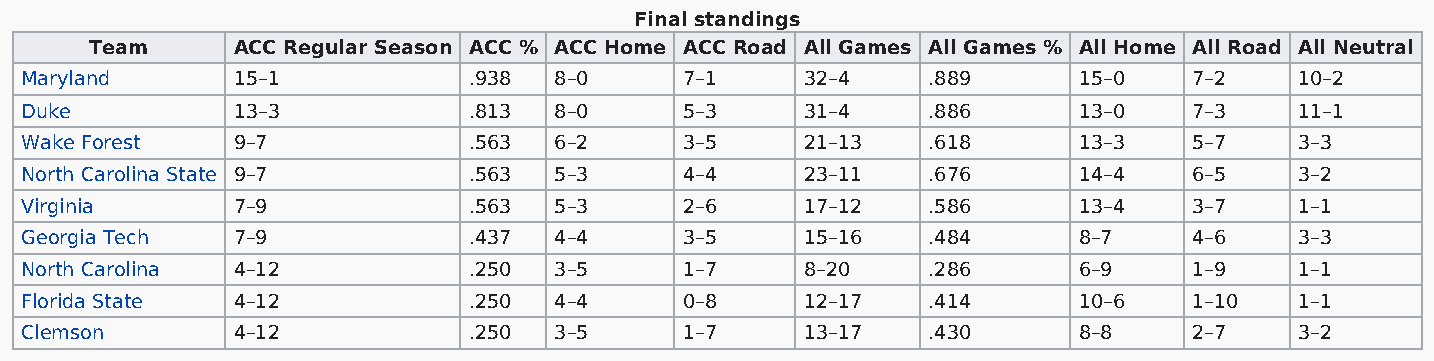
Final standings
 Team     ACC Regular Season ACC % ACC Home ACC Road All Games All Games % All Home All Road All Neutral
 Maryland      15–1            .938  8–0     7–1     32–4    .889      15–0    7–2    10–2
 Duke          13–3            .813  8–0     5–3     31–4    .886      13–0    7–3    11–1
 Wake Forest   9–7             .563  6–2     3–5     21–13   .618      13–3    5–7    3–3
 North Carolina State 9–7      .563  5–3     4–4     23–11   .676      14–4    6–5    3–2
 Virginia      7–9             .563  5–3     2–6     17–12   .586      13–4    3–7    1–1
 Georgia Tech  7–9             .437  4–4     3–5     15–16   .484      8–7     4–6    3–3
 North Carolina 4–12           .250  3–5     1–7     8–20    .286      6–9     1–9    1–1
 Florida State 4–12            .250  4–4     0–8     12–17   .414      10–6    1–10   1–1
 Clemson       4–12            .250  3–5     1–7     13–17   .430      8–8     2–7    3–2